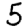
Digit: 5